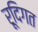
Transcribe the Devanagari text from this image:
रूदिगत